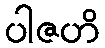
ပါဇဟိ